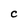
Character: C